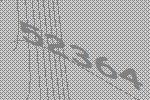
52364